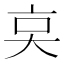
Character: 𠅌